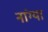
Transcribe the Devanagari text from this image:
नांग्या